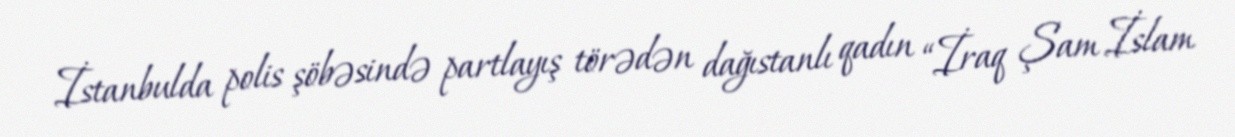
İstanbulda polis şöbəsində partlayış törədən dağıstanlı qadın “İraq Şam İslam